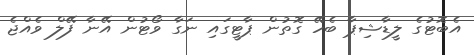
އެބޮޓުގެ ލީޑާޝިޕާ ބެހޭ ގޮތުން ޕާޓީގައި ނަގާ ވޯޓުން އޭނާ ފޭލް ވެއްޖެ